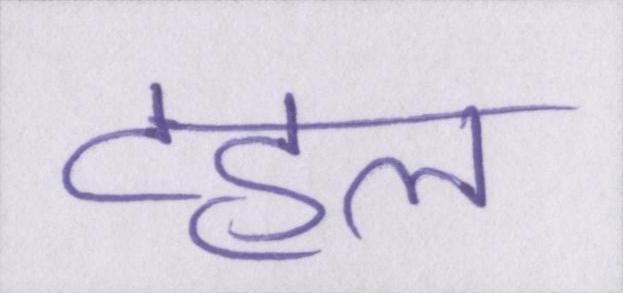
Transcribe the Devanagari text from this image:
टहल